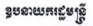
ឧបនាយករដ្ធមន្ត្រី